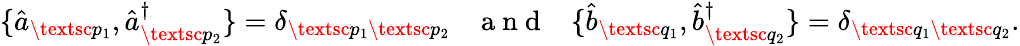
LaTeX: \{ \hat{a}_{\textsc{p}_{1}},\hat{a}_{\textsc{p}_{2}}^{\dagger}\} =\delta_{\textsc{p}_{1}\textsc{p}_{2}}\; \; \; \mathrm{~a~n~d~}\; \; \; \{ \hat{b}_{\textsc{q}_{1}},\hat{b}_{\textsc{q}_{2}}^{\dagger}\} =\delta_{\textsc{q}_{1}\textsc{q}_{2}}.